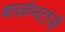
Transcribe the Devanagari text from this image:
बाळंभटांनी